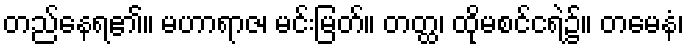
တည်နေရ၏။ မဟာရာဇ၊ မင်းမြတ်။ တတ္ထ၊ ထိုမစင်ငရဲ၌။ တမေနံ၊